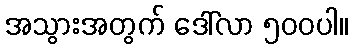
အသွားအတွက် ဒေါ်လာ ၅၀၀ပါ။